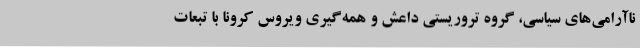
ناآرامی‌های سیاسی، گروه تروریستی داعش و همه‌گیری ویروس کرونا با تبعات